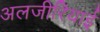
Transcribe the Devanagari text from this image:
अलजीरियाई